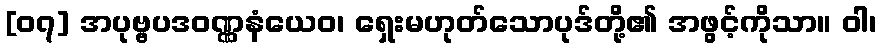
[၀၇] အပုဗ္ဗပဒဝဏ္ဏနံယေဝ၊ ရှေးမဟုတ်သောပုဒ်တို့၏ အဖွင့်ကိုသာ။ ဝါ၊